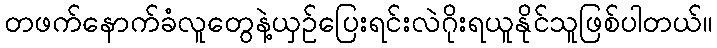
တဖက်နောက်ခံလူတွေနဲ့ယှဥ်ပြေးရင်းလဲဂိုးရယူနိုင်သူဖြစ်ပါတယ်။